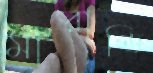
মারাণ্ডি